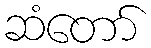
ဆံတော်